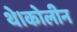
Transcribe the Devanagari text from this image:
थे।कोलीन